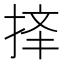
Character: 𱠆